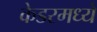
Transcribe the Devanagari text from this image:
केडरमध्ये